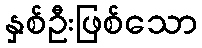
နှစ်ဦးဖြစ်သော